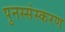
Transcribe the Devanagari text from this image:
पुनस्संस्करण